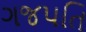
ગજપતિ